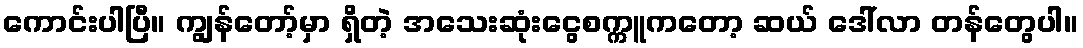
ကောင်းပါပြီ။ ကျွန်တော့်မှာ ရှိတဲ့ အသေးဆုံးငွေစက္ကူကတော့ ဆယ် ဒေါ်လာ တန်တွေပါ။